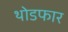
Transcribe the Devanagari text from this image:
थोडफार